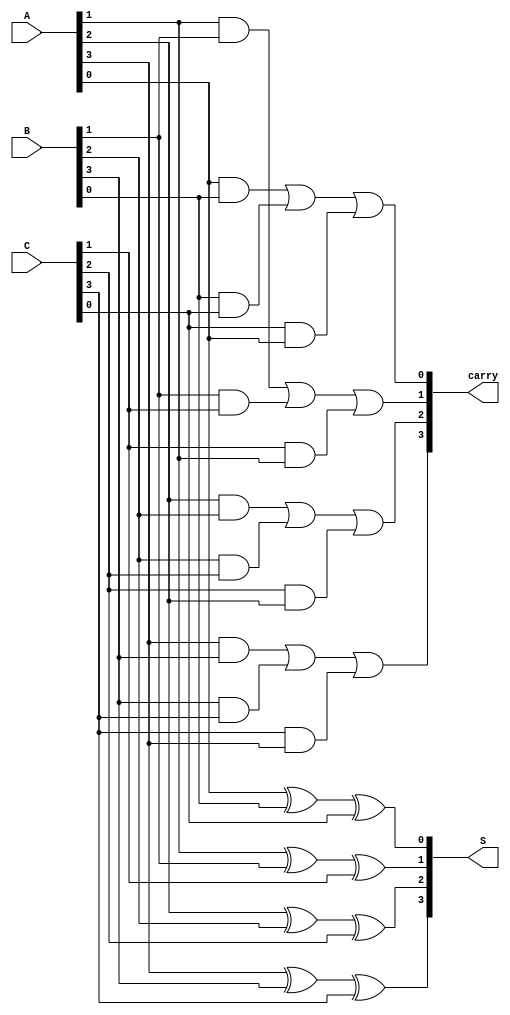
module CarrySaveAdder #(parameter n = 4) (
    input [n-1:0] A,
    input [n-1:0] B,
    input [n-1:0] C,
    output [n-1:0] S,
    output [n-1:0] carry
);

    // Generate sum and carry outputs
    wire [n-1:0] sum_temp;
    wire [n-1:0] carry_temp;

    // Calculate the sum using XOR and the carry using AND and OR
    genvar i;
    generate
        for (i = 0; i < n; i = i + 1) begin: csa_loop
            assign sum_temp[i] = A[i] ^ B[i] ^ C[i]; // Sum calculation
            assign carry_temp[i] = (A[i] & B[i]) | (B[i] & C[i]) | (C[i] & A[i]); // Carry calculation
        end
    endgenerate

    // Assign outputs
    assign S = sum_temp;   // Assign sum output
    assign carry = carry_temp; // Assign carry output

endmodule